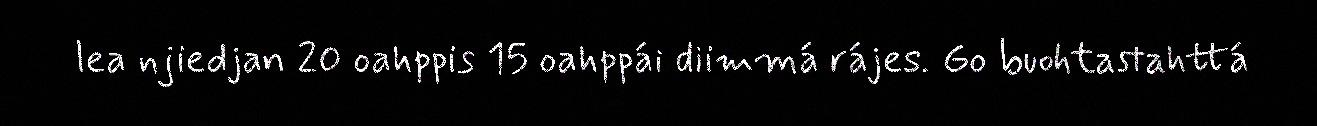
lea njiedjan 20 oahppis 15 oahppái diimmá rájes. Go buohtastahttá